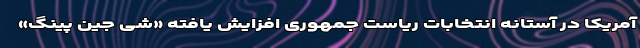
آمریکا در آستانه انتخابات ریاست جمهوری افزایش یافته «شی جین پینگ»